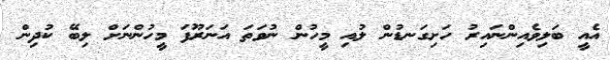
އެއީ ބަލިވެއިންނައިރު ހަށިގަނޑުން ލުއި މީހުން ނުވަތަ އަނަރޫފަ މީހުންނަށް ލިބޭ ކުދިން